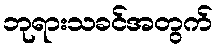
ဘုရားသခင်အတွက်